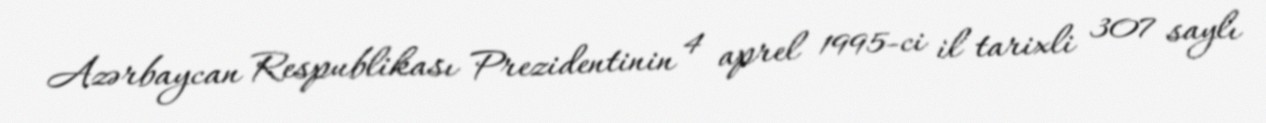
Azərbaycan Respublikası Prezidentinin 4 aprel 1995-ci il tarixli 307 saylı